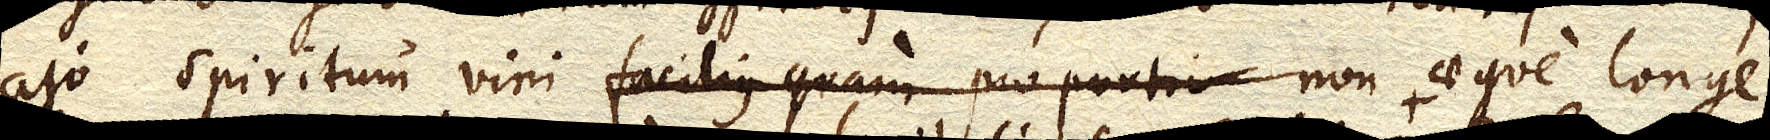
ajo Spiritum vini facilius quam proportio non aeque longe